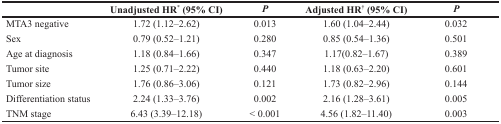
<table><thead><tr><td></td><td><b>Unadjusted HR* (95% CI)</b></td><td><b><i>P</i></b></td><td><b>Adjusted HR<sup>†</sup> (95% CI)</b></td><td><b><i>P</i></b></td></tr></thead><tbody><tr><td>MTA3 negative</td><td>1.72 (1.12–2.62)</td><td>0.013</td><td>1.60 (1.04–2.44)</td><td>0.032</td></tr><tr><td>Sex</td><td>0.79 (0.52–1.21)</td><td>0.280</td><td>0.85 (0.54–1.36)</td><td>0.501</td></tr><tr><td>Age at diagnosis</td><td>1.18 (0.84–1.66)</td><td>0.347</td><td>1.17(0.82–1.67)</td><td>0.389</td></tr><tr><td>Tumor site</td><td>1.25 (0.71–2.22)</td><td>0.440</td><td>1.18 (0.63–2.20)</td><td>0.601</td></tr><tr><td>Tumor size</td><td>1.76 (0.86–3.06)</td><td>0.121</td><td>1.73 (0.82–2.96)</td><td>0.144</td></tr><tr><td>Differentiation status</td><td>2.24 (1.33–3.76)</td><td>0.002</td><td>2.16 (1.28–3.61)</td><td>0.005</td></tr><tr><td>TNM stage</td><td>6.43 (3.39–12.18)</td><td>&lt; 0.001</td><td>4.56 (1.82–11.40)</td><td>0.003</td></tr></tbody></table>